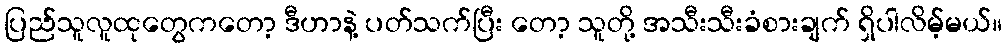
ပြည်သူလူထုတွေကတော့ ဒီဟာနဲ့ ပတ်သက်ပြီး တော့ သူတို့ အသီးသီးခံစားချက် ရှိပါလိမ့်မယ်။